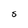
Character: S